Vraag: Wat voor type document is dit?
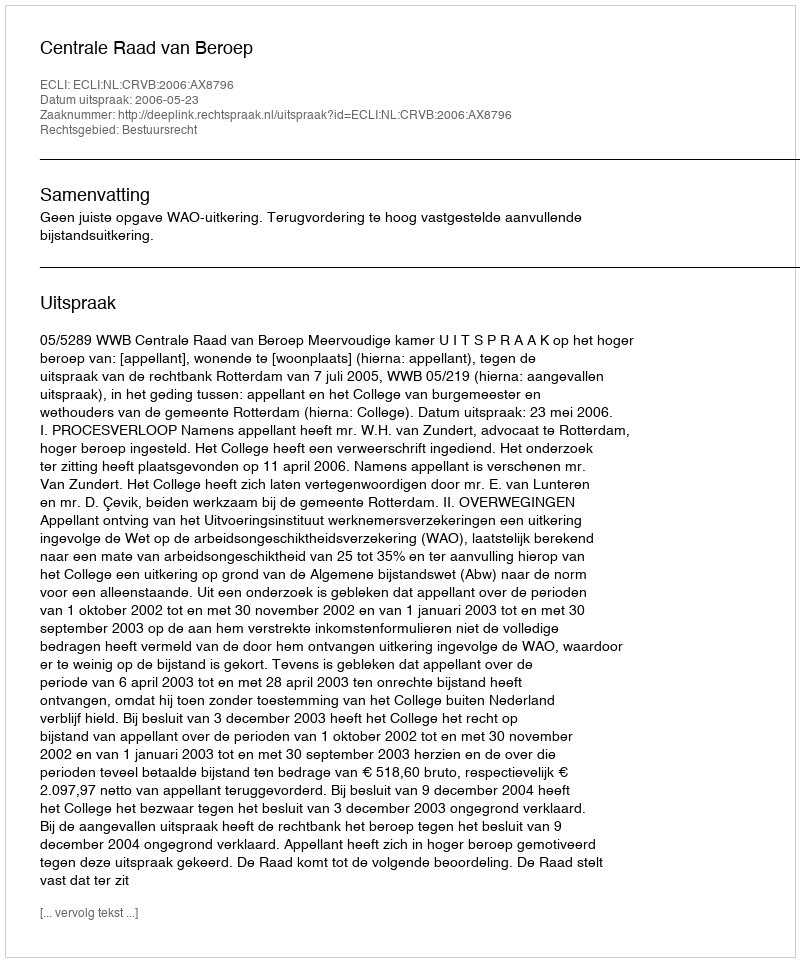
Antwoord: Uitspraak